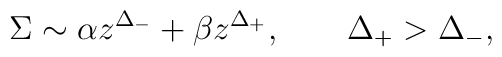
\Sigma\sim \alpha z^{\Delta_-} + \beta z^{\Delta_+}, \qquad \Delta_+>\Delta_-,